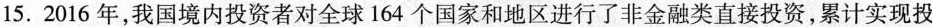
15.2016年，我国境内投资者对全球164个国家和地区进行了非金融类直接投资，累计实现投